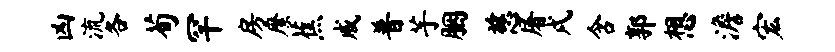
凶流各荀罕房縻蕉戚普芋胭慈屠戌含郭想澹宏